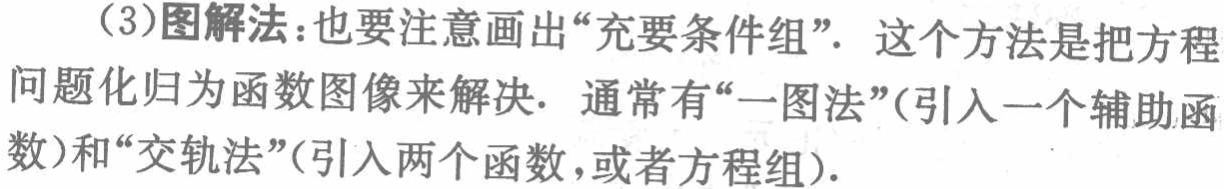
(3)图解法：也要注意画出“充要条件组”. 这个方法是把方程问题化归为函数图像来解决. 通常有“一图法”(引入一个辅助函数)和“交轨法”(引入两个函数,或者方程组).